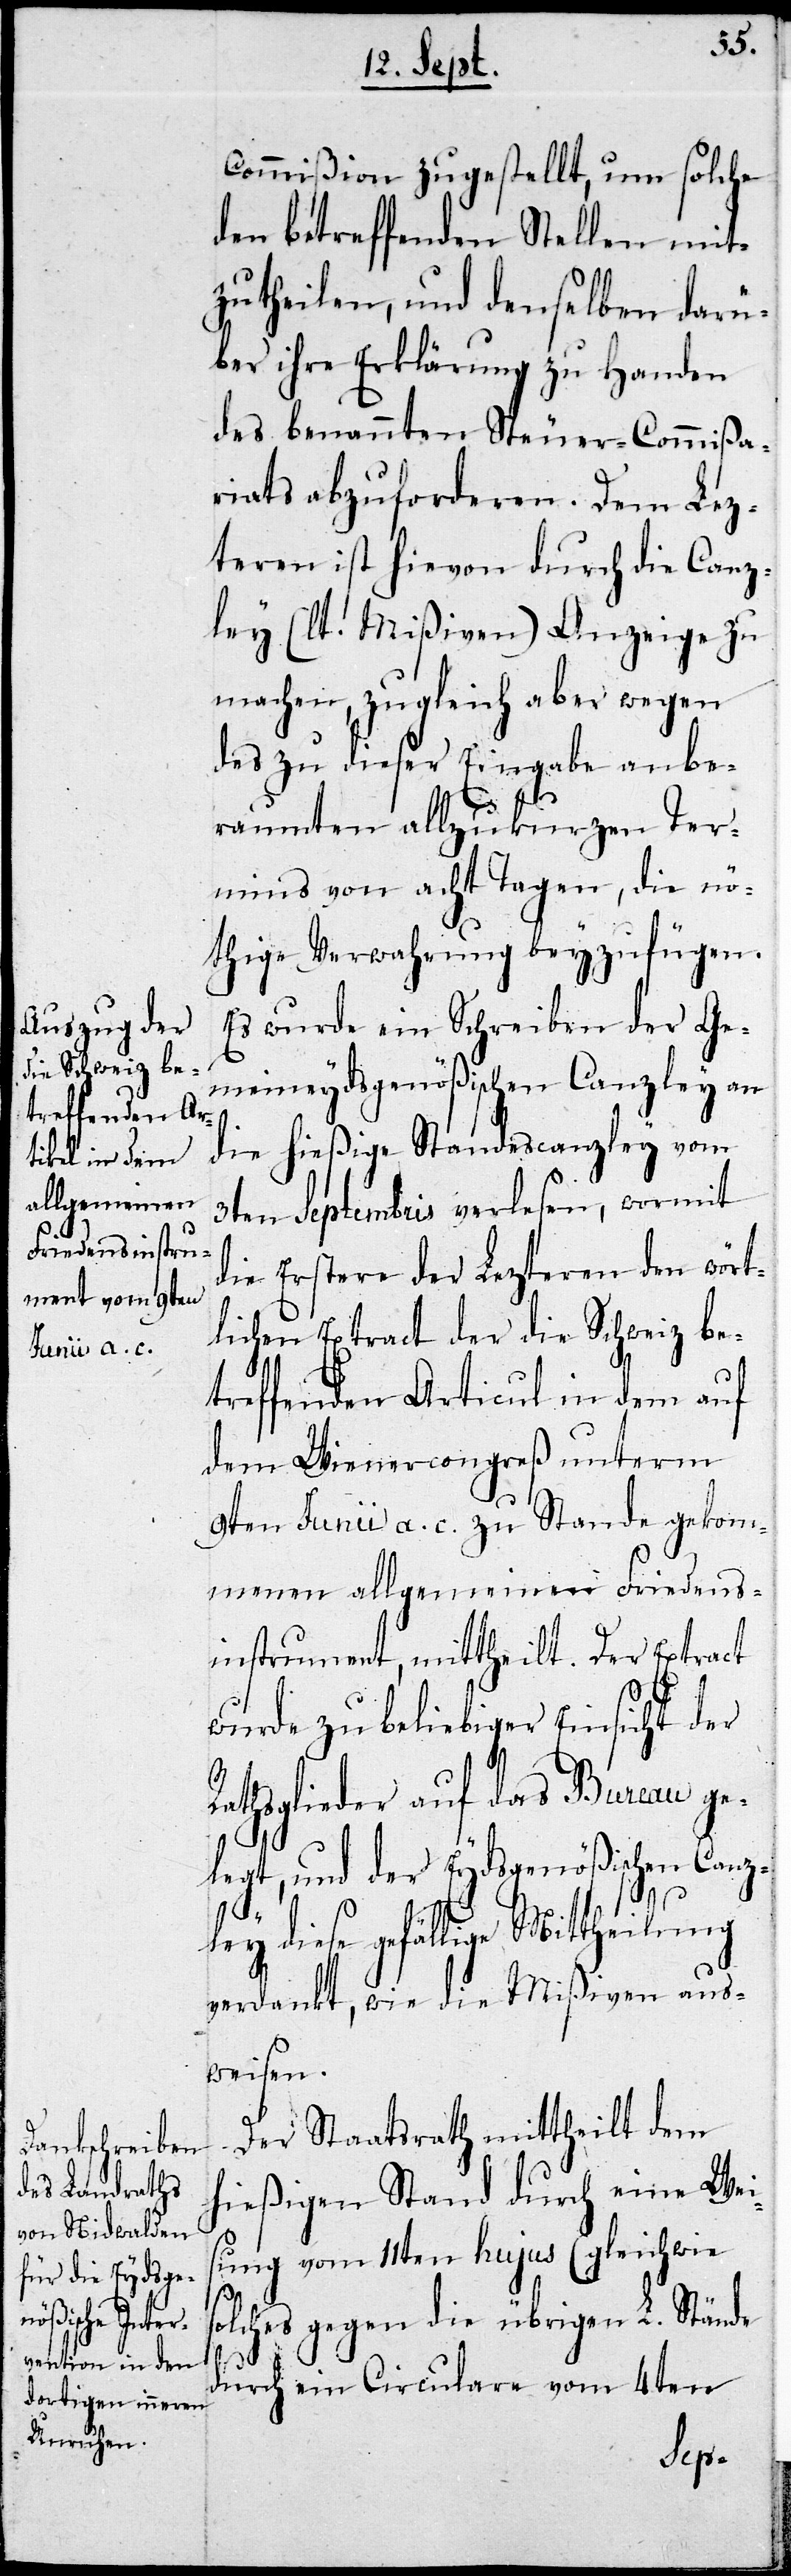
Commißion zugestellt, um solche
den betreffenden Stellen mit¬
zutheilen, und denselben darü¬
ber ihre Erklärung zu Handen
des benannten Steuer-Commißa¬
riats abzuforderen. Dem Letz¬
teren ist hievon durch die Canz¬
ley (lt. Mißiven) Anzeige zu
machen, zugleich aber wegen
des zu dieser Eingabe anbe¬
raumten allzukurzen Ter¬
mins von acht Tagen, die nö¬
thige Verwahrung beyzufügen.
Es wurde ein Schreiben der Ge¬
meineydsgenößischen Canzley an
die hießige Standescanzley vom
3ten Septembris verlesen, wormit
die Erstere der Lezteren den wört¬
lichen Extract der die Schweiz be¬
treffenden Articul in dem auf
dem Wienercongreß unterm
9ten Junii a. c. zu Stande gekom¬
menen allgemeinen Friedens¬
instrument, mittheilt. Der Extract
wurde zu beliebiger Einsicht der
Rathsglieder auf das Bureau ge¬
legt, und der Eydsgenößischen Canz¬
s¬
ley diese gefällige Mittheilung
verdankt, wie die Mißiven aus¬
weisen.
Der Staatsrath mittheilt dem
hießigen Stand durch eine Wei¬
sung vom 11ten hujus (gleichwie
olches gegen die übrigen L. Stände
durch ein Circulare vom 4ten